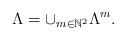
LaTeX: \begin{align*}\Lambda = \cup_{m\in \mathbb{N}^2} \Lambda^m. \end{align*}